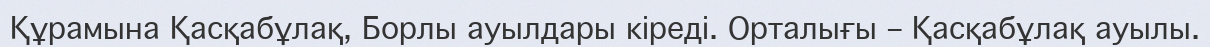
Құрамына Қасқабұлақ, Борлы ауылдары кіреді. Орталығы – Қасқабұлақ ауылы.